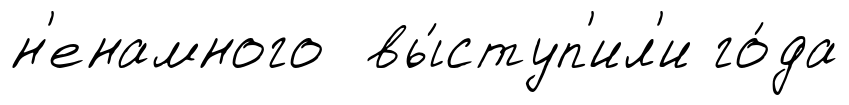
н'енамного вы́ступ'ил'и го́да